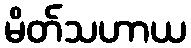
မိတ်သဟာယ